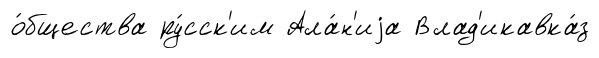
о́бщества ру́сск'им Ала́н'иjа Влад'икавка́з